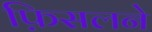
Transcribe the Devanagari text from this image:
फ़िसलने